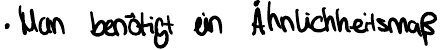
Man benötigt ein Ähnlichkeitsmaß